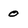
Character: 0